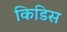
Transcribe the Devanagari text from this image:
किडिस